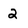
Character: 2